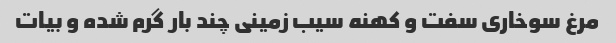
مرغ سوخاری سفت و کهنه سیب زمینی چند بار گرم شده و بیات